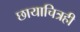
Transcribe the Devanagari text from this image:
छायाचित्रही